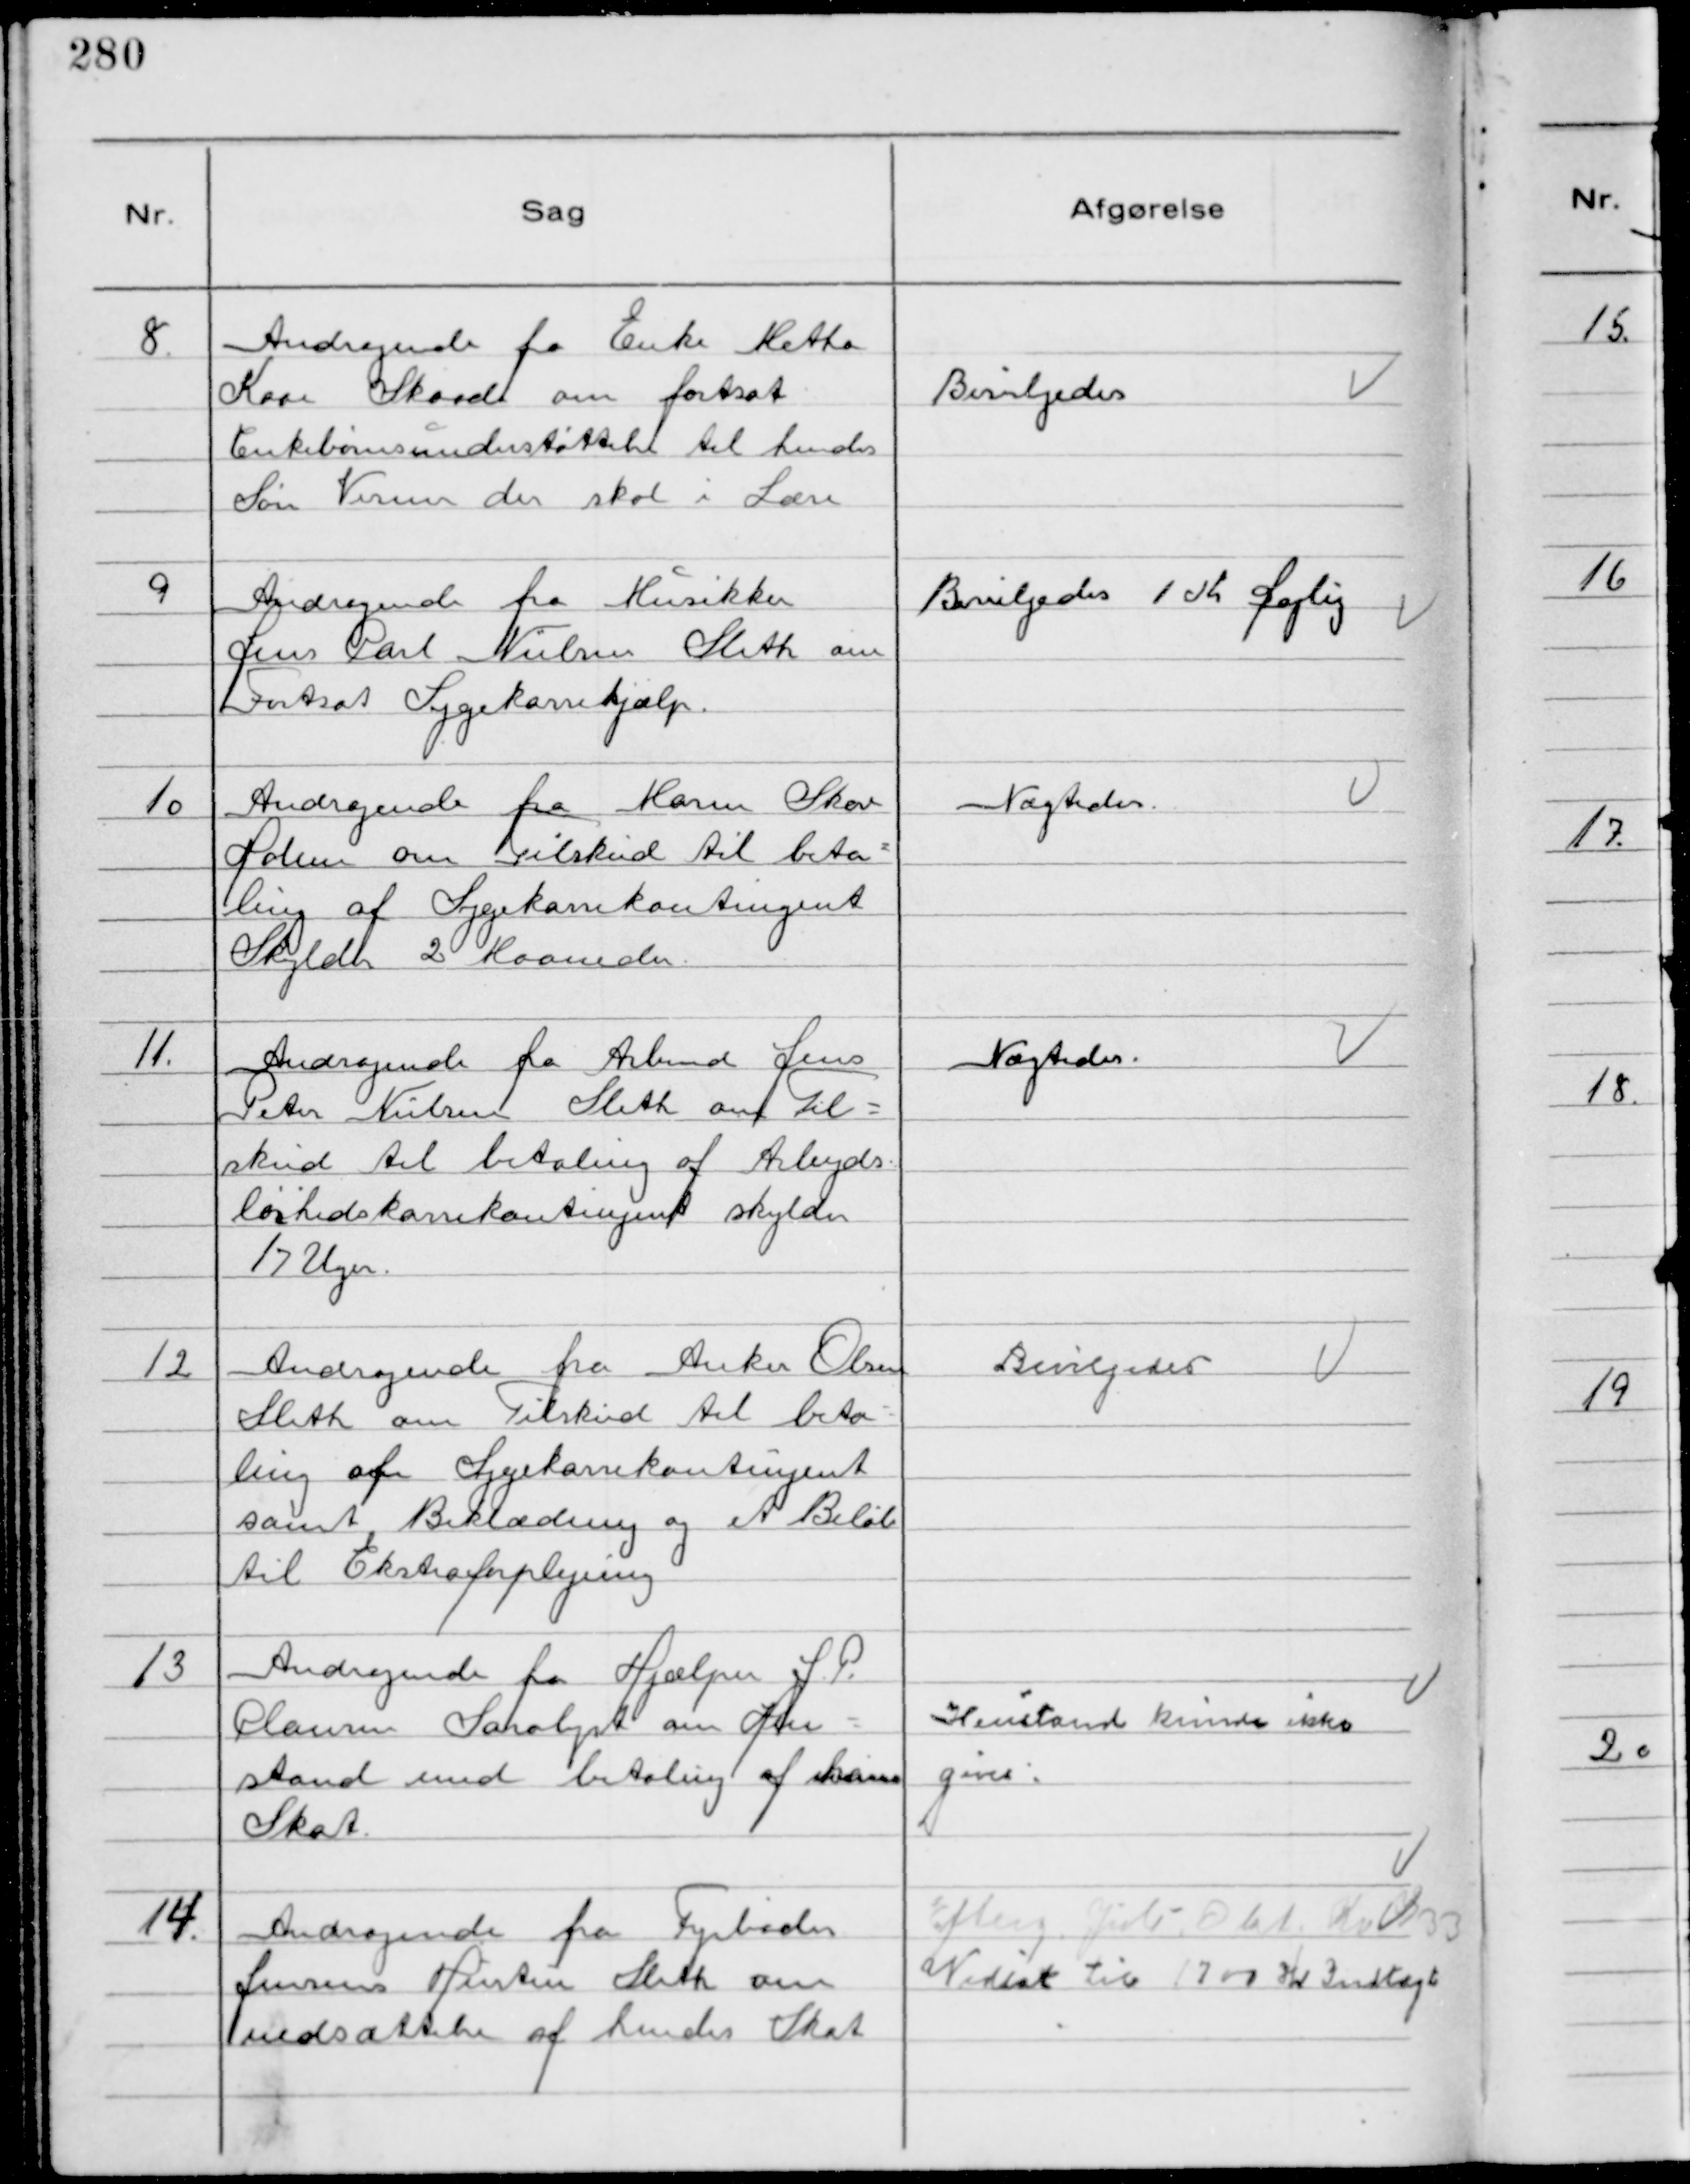
Transskription:
8.
Andragende fra Enke Mette
Kaae Skaade om fortsat
Enkebørnsunderstøttelse til hendes
Søn Verner der skal i Lære

Bevilgedes

9
Andragende fra Musikker
Jens Carl Nielsen Sleth om
Fortsat Sygekassehjælp.

Bevilgedes 1 Kr Daglig

10
Andragende fra Maren Skov
Holme om Tilskud til beta-
ling af Sygekassekontingent
Skylder 2 Maaneder

Nægtedes

11.
Andragende fra Arbmd Jens
Peter Nielsen Sleth om Til-
skud til betaling af Arbejds-
løshedskassekontingent skylder
17 Uger.

Nægtedes.

12
Andragende fra Anker Olsen
Sleth om Tilskud til beta-
ling af Sygekassekontingent
samt Beklædning og et Beløb
til Ekstraforplejning

Bevilgedes

13
Andragende fra Hjælper J.P.
Clausen Saralyst om Hen-
stand med betaling af hans
Skat.

Henstand kunde ikke
gives.

14.
Andragende fra Fyrbøder
Jensens Hustru Sleth om
nedsættelse af hendes Skat

Efterg. Juli - Okt. Kr 733
Nedsat til 1700 Kr Indtægt